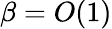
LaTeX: \beta=O(1)